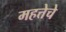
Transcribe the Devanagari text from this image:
महत्तेचे